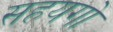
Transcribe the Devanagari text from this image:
सहयगो